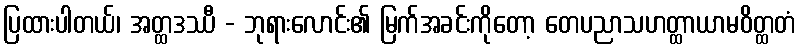
ပြထားပါတယ်၊ အတ္ထဒဿီ - ဘုရားလောင်း၏ မြက်အခင်းကိုတော့ တေပညာသဟတ္ထာယာမဝိတ္ထတံ